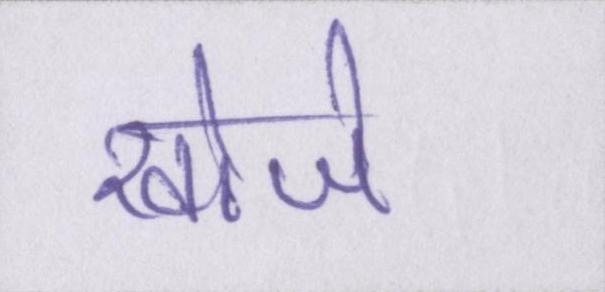
खोजे